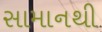
સામાનથી